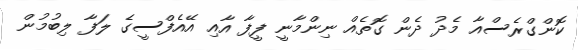
ކޮންގްރެސްއާ މެދު ދެން ގޮތެއް ނިންމާނީ ފީފާ އާއި އޭއެފްސީގެ ލަފާ ލިބުމުން